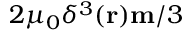
2 \mu _ { 0 } \delta ^ { 3 } ( { \bf r } ) { \bf m } / 3